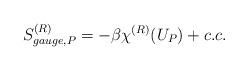
LaTeX: \begin{align*}S^{(R)}_{gauge, P}= - \beta \chi^{(R)} (U_P) + c.c. \end{align*}